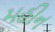
મહીન